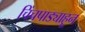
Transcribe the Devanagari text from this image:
चिंचपाड्याहून